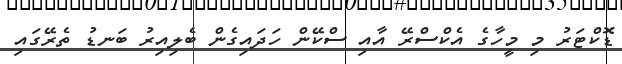
ޑޮކްޓަރު މި މީހާގެ އެކްސްރޭ އާއި ސްކޭން ހަދައިގެން ބެލިއިރު ބަނޑު ތެރޭގައި